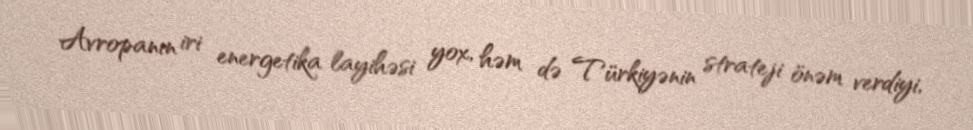
Avropanın iri energetika layihəsi yox, həm də Türkiyənin strateji önəm verdiyi,